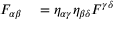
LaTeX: \begin{array} { r l } { F _ { \alpha \beta } } & { { } = \eta _ { \alpha \gamma } \eta _ { \beta \delta } F ^ { \gamma \delta } } \end{array}